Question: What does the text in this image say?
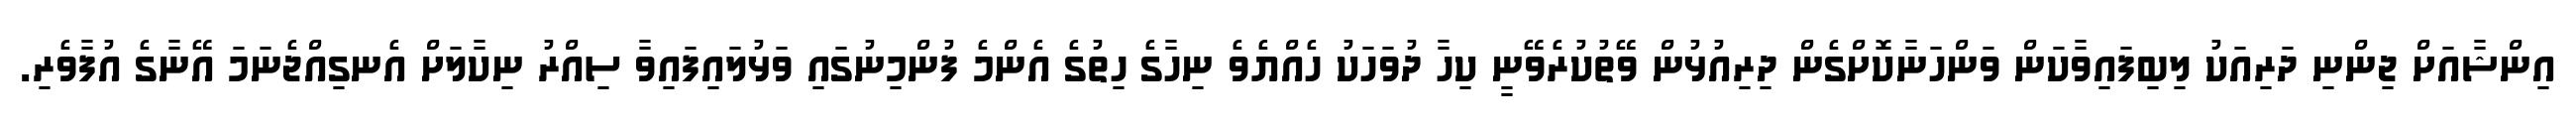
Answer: އިންޝާއަށް ޖިންނި ދަރިއަކު ލިބިފައިވާކަން ވަންހަނާކޮށްގެން ދިރިއުޅުން ވޭތުކުރެވޭނީ ކިހާ ދުވަހަކު ހެއްޔެވެ ނިހާގެ ހިތުގެ އެންމެ ފުންމިނުގައި ވަޅުލައިފައިވާ ސިއްރު ނިކާލަށް އެނގިއްޖެނަމަ އޭނާގެ އުފާވެރި.